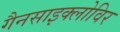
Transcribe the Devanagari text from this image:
गैनसाइक्लोविर